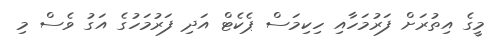
މީގެ އިތުރަށް ފަރުމަހާއި ހިކިމަސް ޕެކެޓް އަދި ފަރުމަހުގެ އަގު ވެސް މި